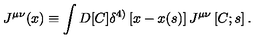
J ^ { \mu \nu } ( x ) \equiv \int D [ C ] \delta ^ { 4 ) } \left[ x - x ( s ) \right] J ^ { \mu \nu } \left[ C ; s \right] .